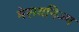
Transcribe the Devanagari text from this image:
मेसयनिज्म